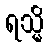
ရသ္မိ